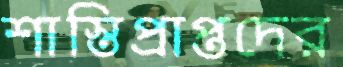
শাস্তিপ্রাপ্তদের